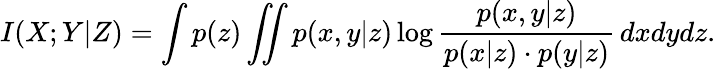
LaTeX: I(X;Y|Z)=\int p(z)\iint p(x,y|z)\log\frac{p(x,y|z)}{p(x|z)\cdot p(y|z)}\, dxdydz.